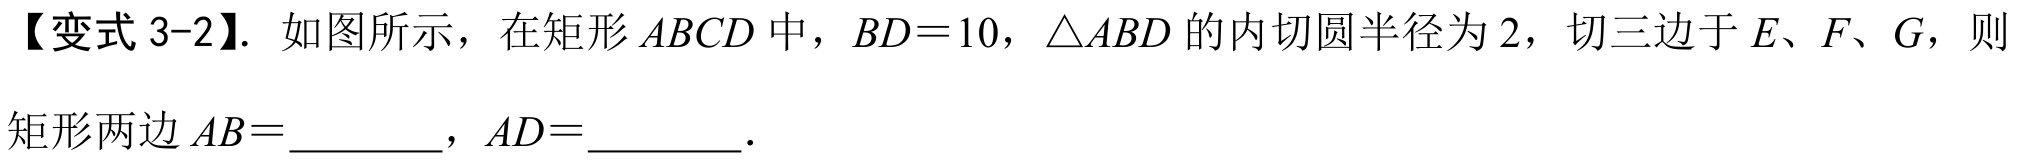
【变式 3-2】. 如图所示，在矩形 \(ABCD\) 中，\(BD = 10\)，\(\triangle ABD\) 的内切圆半径为 \(2\)，切三边于 \(E、F、G\)，则
矩形两边 \(AB = \underline{\quad\quad}\)，\(AD=\underline{\quad\quad}\).